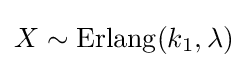
X\sim \operatorname {Erlang} (k_{1},\lambda )